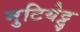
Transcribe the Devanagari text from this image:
मुटियेट्टु